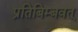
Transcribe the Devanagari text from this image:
प्रतिबिम्बवत्